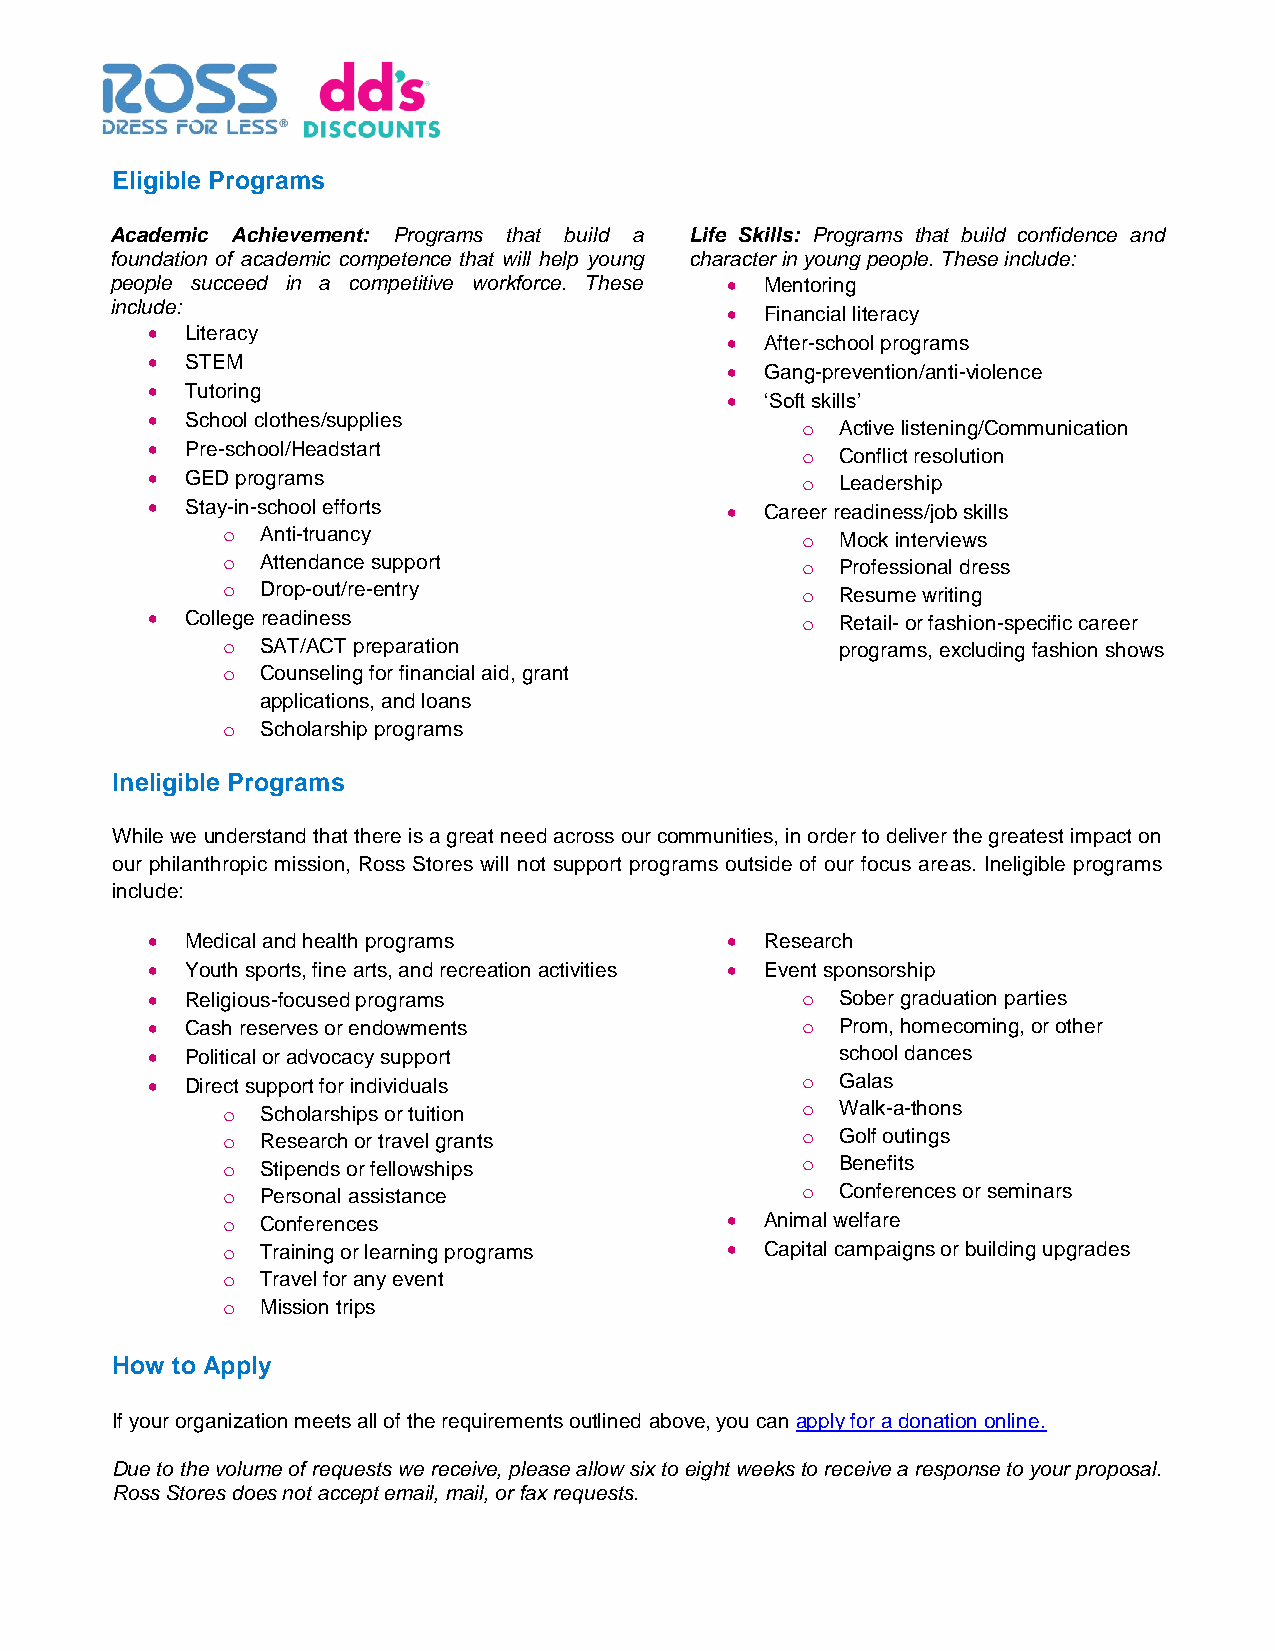
Eligible Programs
 Academic Achievement: Programs that build a Life Skills: Programs that build confidence and
 foundation of academic competence that will help young character in young people. These include:
 people succeed in a competitive workforce. These • Mentoring
 include:
 •  Financial literacy
 • Literacy
 •  After-school programs
 • STEM
 •  Gang-prevention/anti-violence
 • Tutoring
 •  ‘Soft skills’
 • School clothes/supplies
 o  Active listening/Communication
 • Pre-school/Headstart
 o  Conflict resolution
 • GED programs                             o  Leadership
 • Stay-in-school efforts              •  Career readiness/job skills
 o Anti-truancy                        o  Mock interviews
 o Attendance support                  o  Professional dress
 o Drop-out/re-entry                   o  Resume writing
 • College readiness                        o  Retail- or fashion-specific career
 o SAT/ACT preparation                    programs, excluding fashion shows
 o Counseling for financial aid, grant
 applications, and loans
 o Scholarship programs
 Ineligible Programs
 While we understand that there is a great need across our communities, in order to deliver the greatest impact on
 our philanthropic mission, Ross Stores will not support programs outside of our focus areas. Ineligible programs
 include:
 • Medical and health programs         •  Research
 • Youth sports, fine arts, and recreation activities • Event sponsorship
 • Religious-focused programs               o  Sober graduation parties
 • Cash reserves or endowments              o  Prom, homecoming, or other
 • Political or advocacy support               school dances
 • Direct support for individuals           o  Galas
 o Scholarships or tuition             o  Walk-a-thons
 o Research or travel grants           o  Golf outings
 o Stipends or fellowships             o  Benefits
 o Personal assistance                 o  Conferences or seminars
 o Conferences                    •  Animal welfare
 o Training or learning programs  •  Capital campaigns or building upgrades
 o Travel for any event
 o Mission trips
 How to Apply
 If your organization meets all of the requirements outlined above, you can apply for a donation online.
 Due to the volume of requests we receive, please allow six to eight weeks to receive a response to your proposal.
 Ross Stores does not accept email, mail, or fax requests.